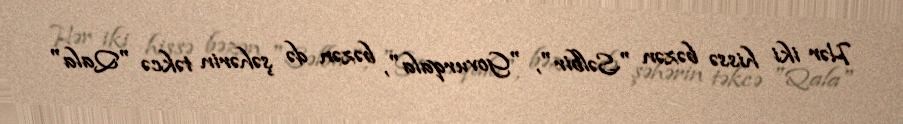
Hər iki hissə bəzən "Səlbir", "Govurqala", bəzən də şəhərin təkcə "Qala"